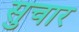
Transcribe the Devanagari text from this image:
सुचार